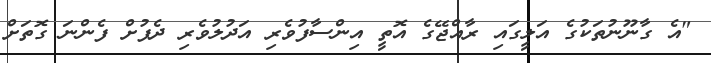
"އެ ގާނޫނުތަކުގެ އަލީގައި ރާއްޖޭގެ އޮތީ އިންސާފުވެރި އަދުލުވެރި ދެފުށް ފެންނަ ގޮތަށް